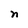
Character: n